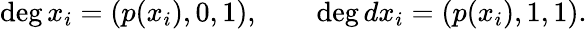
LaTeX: \deg x_{i}=(p(x_{i}),0,1),\qquad\deg dx_{i}=(p(x_{i}),1,1).